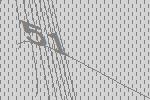
51